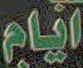
ايام